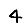
Digit: 4